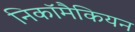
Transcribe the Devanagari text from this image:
निकॉमैकियन